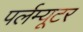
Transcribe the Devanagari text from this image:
पर्लम्यूटर